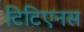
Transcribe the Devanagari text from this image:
टिटिएनस